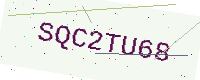
Text: SQC2TU68